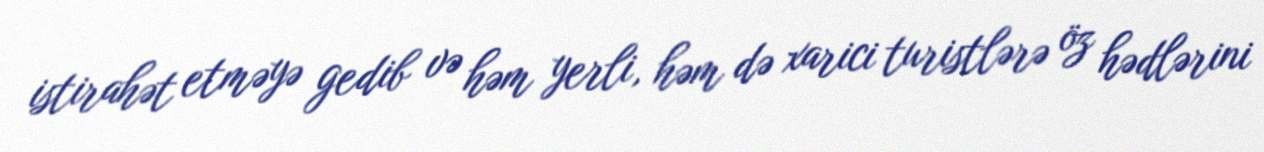
istirahət etməyə gedib və həm yerli, həm də xarici turistlərə öz hədlərini